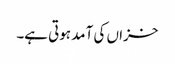
خزاں کی آمد ہوتی ہے۔